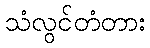
သံလွင်တံတား